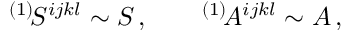
{ } ^ { ( 1 ) } \! S ^ { i j k l } \sim S \, , \qquad { } ^ { ( 1 ) } \! A ^ { i j k l } \sim A \, ,